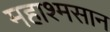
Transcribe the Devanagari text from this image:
महाश्मसान